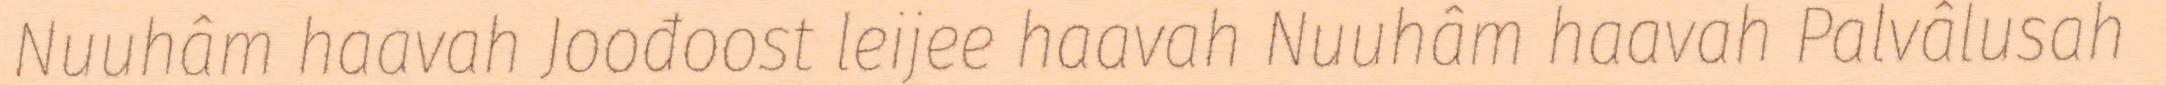
Nuuhâm haavah Joođoost leijee haavah Nuuhâm haavah Palvâlusah